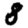
Digit: 8